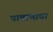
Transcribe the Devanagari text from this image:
पाषाणाचा